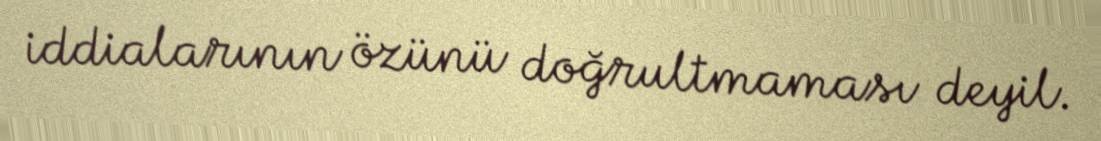
iddialarının özünü doğrultmaması deyil.